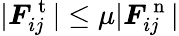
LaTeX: |\boldsymbol{F}_{ij}^{\mathrm{~t~}}|\leq\mu|\boldsymbol{F}_{ij}^{\mathrm{~n~}}|